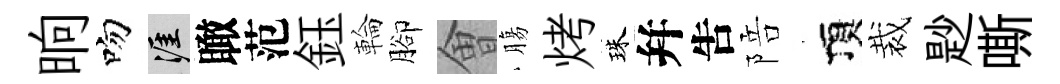
晌吻涯瞰范鈺輪腳㑹膓烤珠幷吿陪頂裁尟嘶